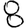
Digit: 8